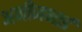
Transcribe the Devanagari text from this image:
अजीजभाई